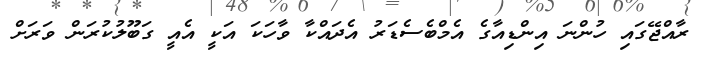
ރާއްޖޭގައި ހުންނަ އިންޑިއާގެ އެމްބެސެޑަރު އެދައްކާ ވާހަކަ އަކީ އެއީ ގަބޫލުކުރަން ވަރަށް